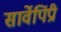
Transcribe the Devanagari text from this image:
सार्वेपिंप्री